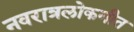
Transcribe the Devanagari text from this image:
नवरात्रलोकगीत